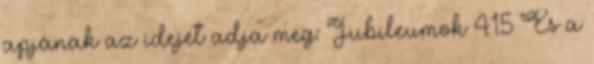
apjának az idejét adja meg: Jubileumok 4:15 És a